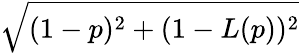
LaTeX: \sqrt{(1-p)^{2}+(1-L(p))^{2}}